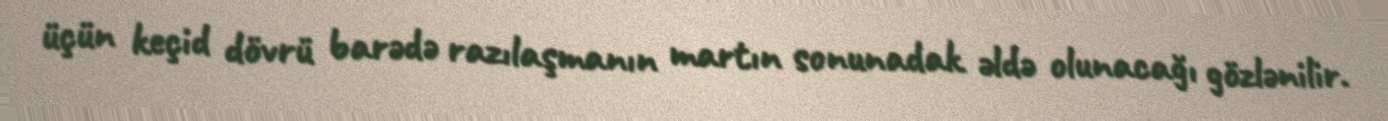
üçün keçid dövrü barədə razılaşmanın martın sonunadak əldə olunacağı gözlənilir.